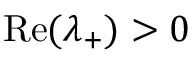
\operatorname { R e } ( \lambda _ { + } ) > 0